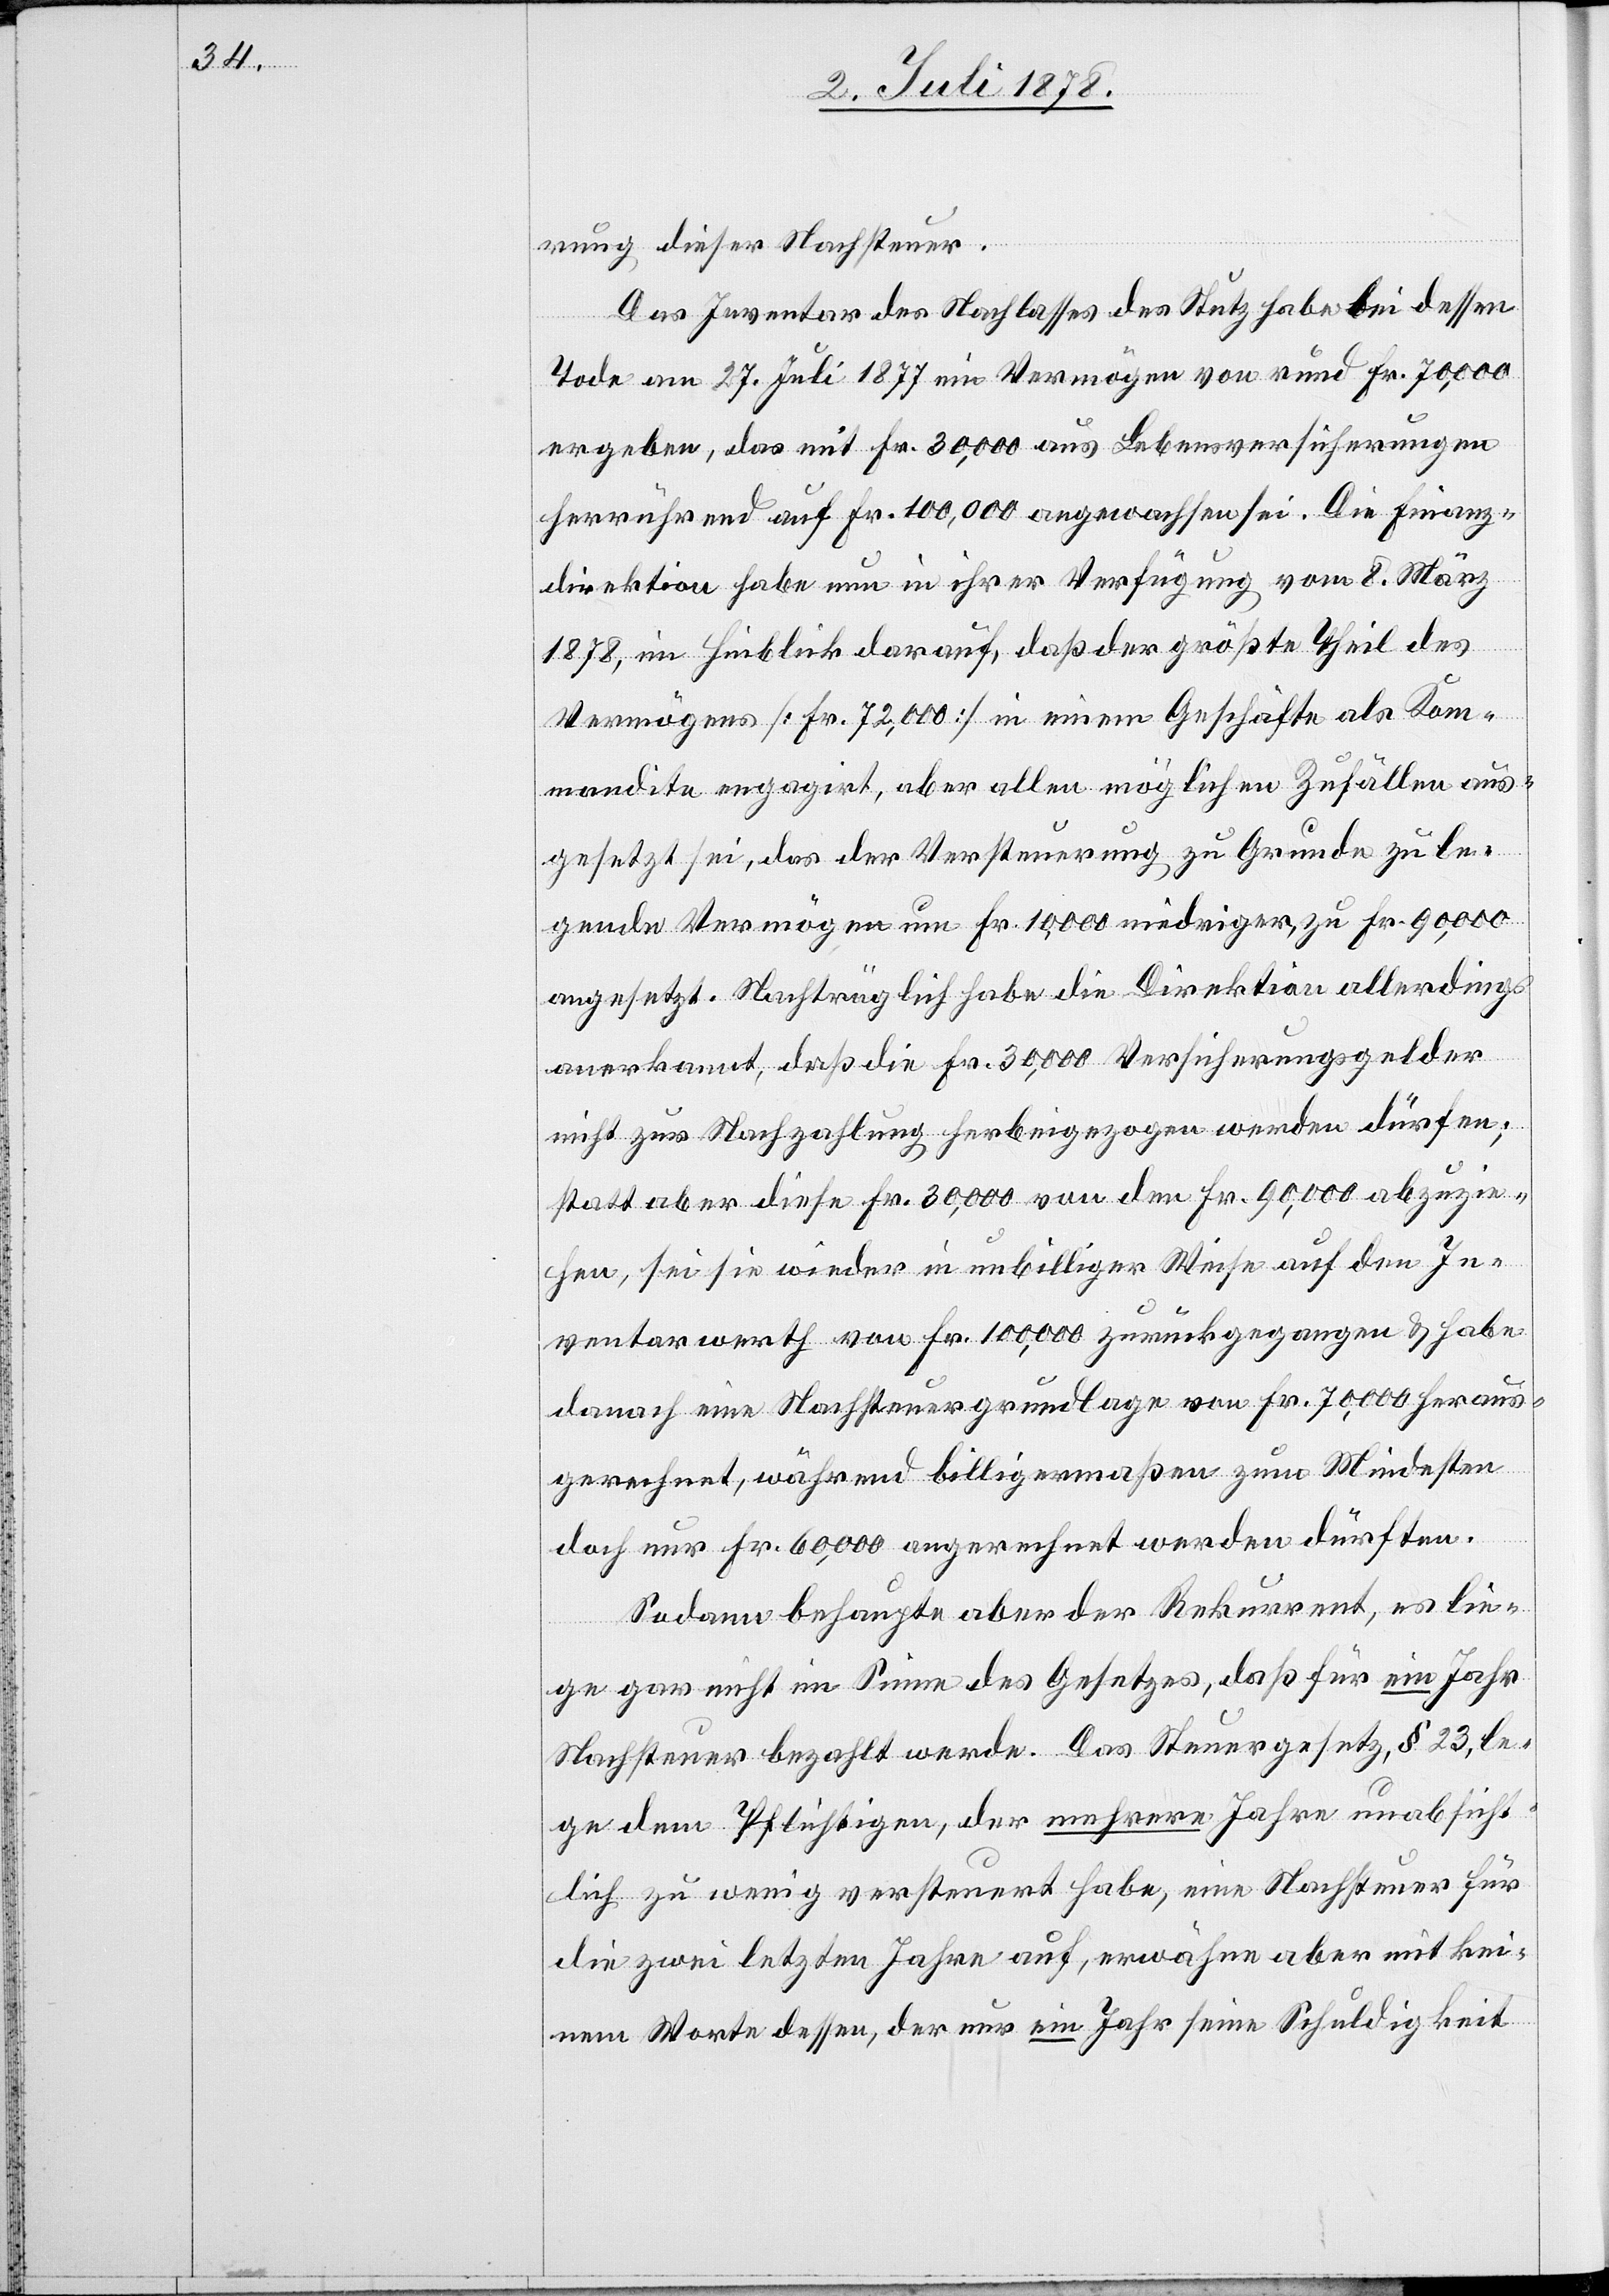
rung dieser Nachsteuer.
Das Inventar des Nachlasses des Stutz habe bei dessen
Tode am 27. Juli 1877 ein Vermögen von rund Fr. 70,000
ergeben, das mit Fr. 30,000 aus Lebensversicherungen
herrührend auf Fr. 100,000 angewachsen sei. Die Finanz¬
direktion habe nun in ihrer Verfügung vom 8. März
1878, im Hinblick darauf, daß der größte Theil des
Vermögens [Fr. 72,000] in einem Geschäfte als Ko¬
mandite engagirt, aber allen möglichen Zufällen aus¬
gesetzt sei, das der Versteuerung zu Grunde zu le¬
gende Vermögen um Fr. 10,000 niedriger, zu Fr. 90,000
angesetzt. Nachträglich habe die Direktion allerdings
anerkannt, daß die Fr. 30,000 Versicherungsgelder
nicht zur Nachzahlung herbeigezogen werden dürfen;
statt aber diese Fr. 30,000 von den Fr. 90,000 abzuzie¬
hen, sei sie wieder in unbilliger Weise auf den In¬
ventarwerth von Fr. 100,000 zurückgegangen & habe
danach eine Nachsteuergrundlage von Fr. 70,000 heraus¬
gerechnet, während billigermaßen zum Mindesten
doch nur Fr. 60,000 angerechnet werden dürften.
Sodann behaupte aber der Rekurrent, es lie¬
ge gar nicht im Sinne des Gesetzes, daß für ein Jahr
Nachsteuer bezahlt werde. Das Steuergesetz, § 23, le¬
ge dem Pflichtigen, der mehrere Jahre unabsicht¬
lich zu wenig versteuert habe, eine Nachsteuer für
die zwei letzten Jahre auf, erwähne aber mit kei¬
nem Worte dessen, der nur ein Jahr seine Schuldigkeit